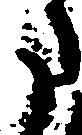
た